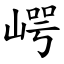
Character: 崿